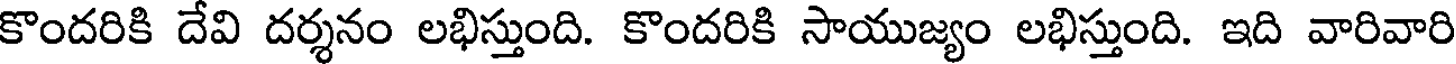
కొందరికి దేవి దర్శనం లభిస్తుంది. కొందరికి సాయుజ్యం లభిస్తుంది. ఇది వారివారి